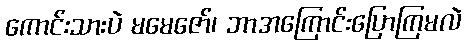
ကောင်းသားပဲ မမေဇော်၊ ဘာအကြောင်းပြောကြမလဲ